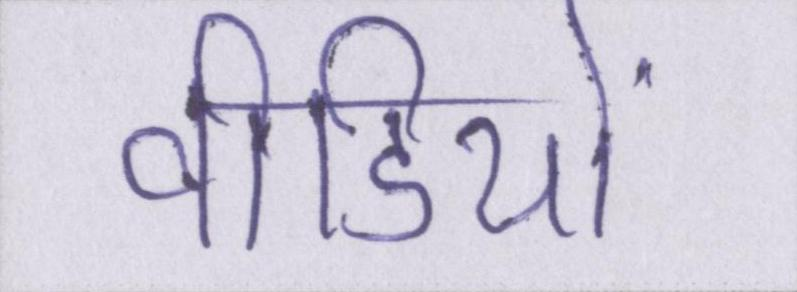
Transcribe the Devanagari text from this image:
वीडियो